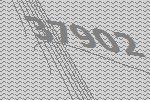
37902